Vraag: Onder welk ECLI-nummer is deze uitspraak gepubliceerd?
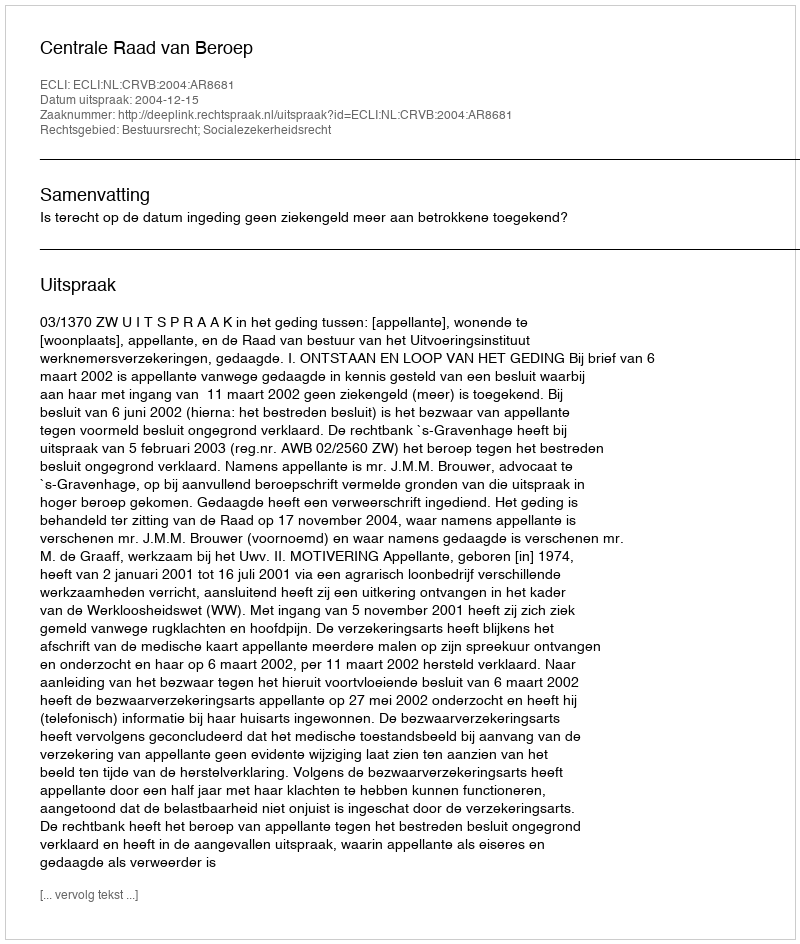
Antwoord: ECLI:NL:CRVB:2004:AR8681